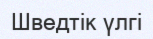
Шведтік үлгі